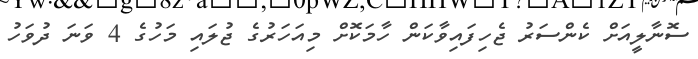
ސޮނާލީއަށް ކެންސަރު ޖެހިފައިވާކަން ހާމަކޮށް މިއަހަރުގެ ޖުލައި މަހުގެ 4 ވަނަ ދުވަހު